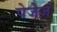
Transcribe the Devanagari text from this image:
पेजेज़